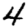
Digit: 4